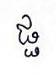
ផ្ផ